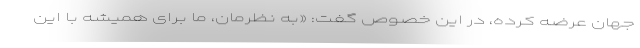
جهان عرضه کرده، در این خصوص گفت: «به نظرمان، ما برای همیشه با این